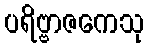
ပရိဗ္ဗာဇကေသု